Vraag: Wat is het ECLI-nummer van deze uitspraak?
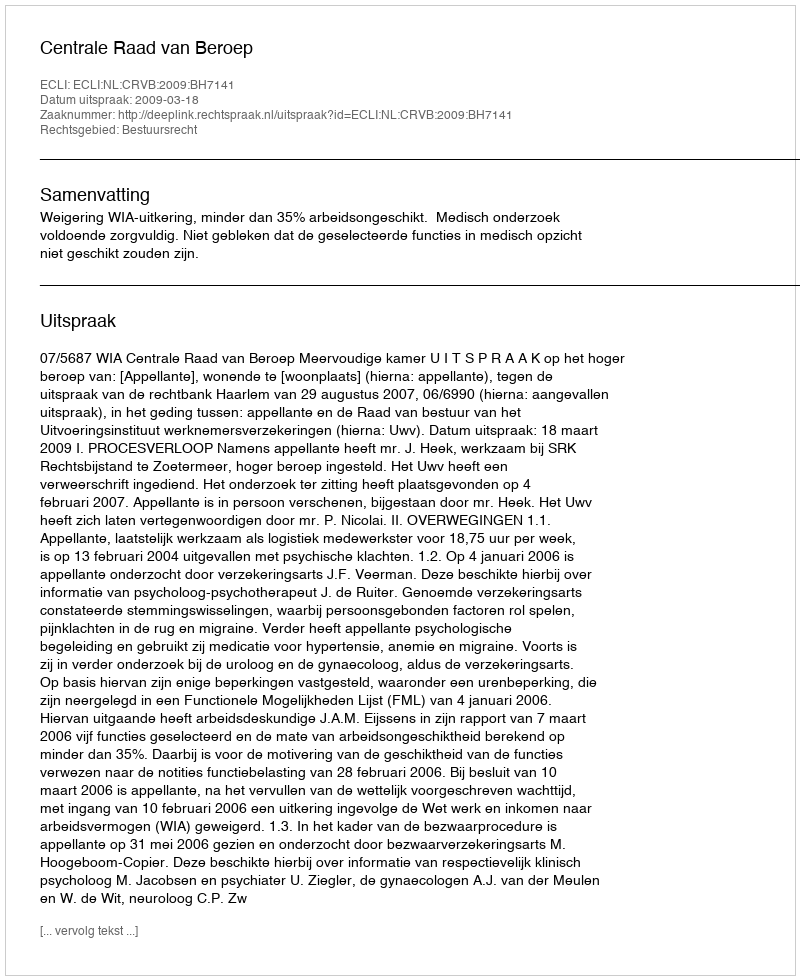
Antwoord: ECLI:NL:CRVB:2009:BH7141